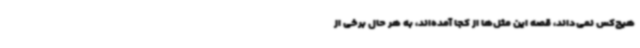
هیچ‌کس نمی‌داند، قصه این مثل‌ها از کجا آمده‌اند، به هر حال برخی از